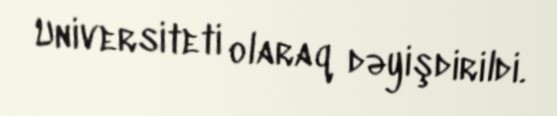
Universiteti olaraq dəyişdirildi.